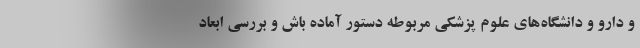
و دارو و دانشگاه‌های علوم پزشکی مربوطه دستور آماده باش و بررسی ابعاد